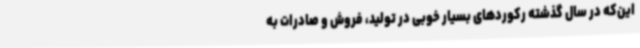
این‌که در سال گذشته رکوردهای بسیار خوبی در تولید، فروش و صادرات به